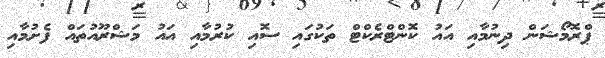
ޕްރޮމޯޝަން ދިނުމާއި އައު ކޮންޓްރެކްޓް ތަކުގައި ސޮއި ކުރުމާއި އައު މަޝްރޫއުތައް ފެށުމާއި